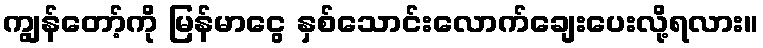
ကျွန်တော့်ကို မြန်မာငွေ နှစ်သောင်းလောက်ချေးပေးလို့ရလား။